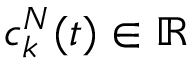
c _ { k } ^ { N } ( t ) \in \mathbb { R }